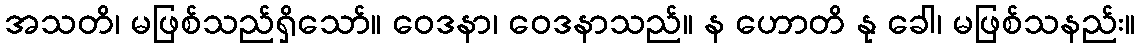
အသတိ၊ မဖြစ်သည်ရှိသော်။ ဝေဒနာ၊ ဝေဒနာသည်။ န ဟောတိ နု ခေါ၊ မဖြစ်သနည်း။